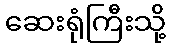
ဆေးရုံကြီးသို့